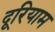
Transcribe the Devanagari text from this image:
दूरियाम